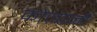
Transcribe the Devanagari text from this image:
कोज़ानी